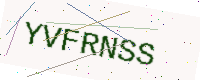
Text: YVFRNSS